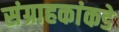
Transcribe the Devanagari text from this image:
संग्राहकांकडे